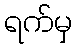
ရက်မှ